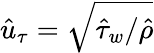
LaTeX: \hat{u}_{\tau}=\sqrt{\hat{\tau}_{w}/\hat{\rho}}